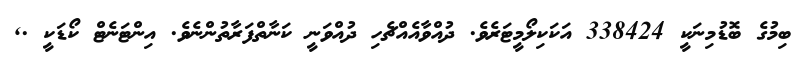
ބިމުގެ ބޮޑުމިނަކީ 338424 އަކަކިލޯމީޓަރެވެ. ދުއްވާއެއްޗެހި ދުއްވަނީ ކަނާތްފަރާތުންނެވެ. އިންޓަނެޓް ކޯޑަކީ .